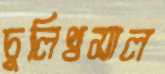
চুলিখসাল